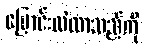
ပြောင်းလဲလာသည်ကို